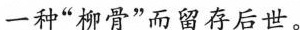
一种”柳骨”而留存后世。